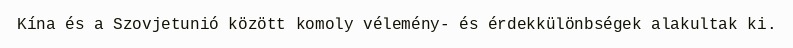
Kína és a Szovjetunió között komoly vélemény- és érdekkülönbségek alakultak ki.